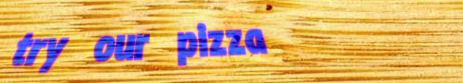
try our pizza